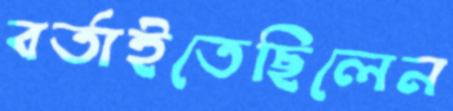
বর্তাইতেছিলেন